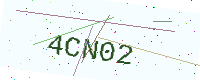
Text: 4CN02